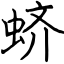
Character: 蛴